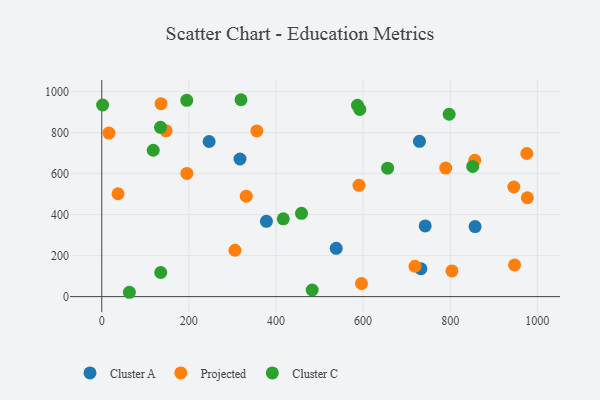
{"axis": {"x": "Investment", "y": "Fuel Efficiency"}, "legend": ["Cluster A", "Cluster C", "Projected"], "data": [{"x": "732.8", "y": 136.0, "type": "Cluster A"}, {"x": "742.6", "y": 345.1, "type": "Cluster A"}, {"x": "378.1", "y": 367.7, "type": "Cluster A"}, {"x": "317.4", "y": 671.7, "type": "Cluster A"}, {"x": "729.4", "y": 757.9, "type": "Cluster A"}, {"x": "857.1", "y": 342.1, "type": "Cluster A"}, {"x": "538.3", "y": 235.9, "type": "Cluster A"}, {"x": "246.5", "y": 757.1, "type": "Cluster A"}, {"x": "16.5", "y": 798.2, "type": "Projected"}, {"x": "305.9", "y": 226.3, "type": "Projected"}, {"x": "856.5", "y": 665.7, "type": "Projected"}, {"x": "977.2", "y": 482.5, "type": "Projected"}, {"x": "590.6", "y": 543.1, "type": "Projected"}, {"x": "195.4", "y": 601.4, "type": "Projected"}, {"x": "789.7", "y": 627.3, "type": "Projected"}, {"x": "975.9", "y": 698.5, "type": "Projected"}, {"x": "331.7", "y": 490.3, "type": "Projected"}, {"x": "596.3", "y": 64.0, "type": "Projected"}, {"x": "356.1", "y": 808.9, "type": "Projected"}, {"x": "147.6", "y": 809.3, "type": "Projected"}, {"x": "37.4", "y": 502.2, "type": "Projected"}, {"x": "719.2", "y": 148.2, "type": "Projected"}, {"x": "804.0", "y": 125.5, "type": "Projected"}, {"x": "136.1", "y": 941.5, "type": "Projected"}, {"x": "946.1", "y": 535.1, "type": "Projected"}, {"x": "947.7", "y": 154.6, "type": "Projected"}, {"x": "483.1", "y": 32.3, "type": "Cluster C"}, {"x": "118.2", "y": 714.4, "type": "Cluster C"}, {"x": "592.4", "y": 913.8, "type": "Cluster C"}, {"x": "63.4", "y": 21.2, "type": "Cluster C"}, {"x": "797.6", "y": 890.0, "type": "Cluster C"}, {"x": "2.0", "y": 935.3, "type": "Cluster C"}, {"x": "851.7", "y": 635.5, "type": "Cluster C"}, {"x": "458.6", "y": 406.6, "type": "Cluster C"}, {"x": "319.7", "y": 961.0, "type": "Cluster C"}, {"x": "587.1", "y": 934.0, "type": "Cluster C"}, {"x": "134.9", "y": 826.1, "type": "Cluster C"}, {"x": "135.4", "y": 117.6, "type": "Cluster C"}, {"x": "195.1", "y": 958.0, "type": "Cluster C"}, {"x": "416.8", "y": 379.8, "type": "Cluster C"}, {"x": "656.3", "y": 627.1, "type": "Cluster C"}]}